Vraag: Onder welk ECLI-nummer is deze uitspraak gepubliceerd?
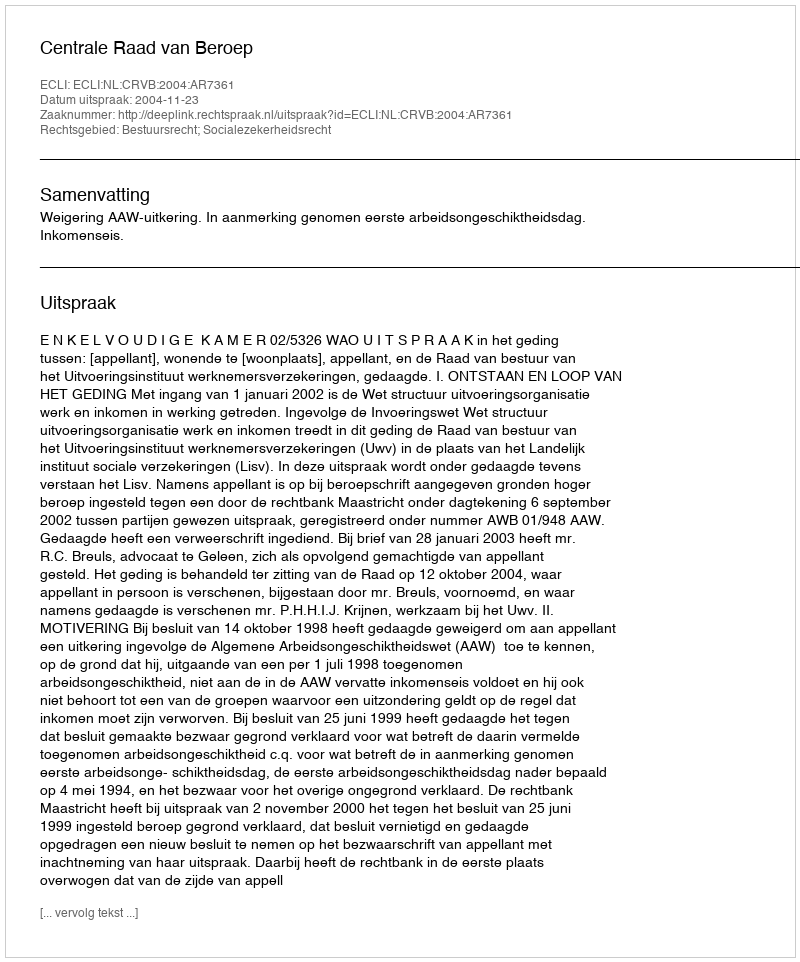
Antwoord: ECLI:NL:CRVB:2004:AR7361